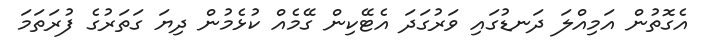
އެގޮތުން އަމިއްލަ ދަނޑުގައި ވަރުގަދަ އެޓޭކިން ގޭމެއް ކުޅެމުން ދިޔަ ގަތަރުގެ ފުރަތަމަ